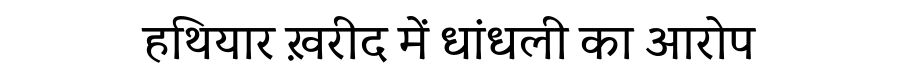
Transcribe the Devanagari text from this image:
हथियार ख़रीद में धांधली का आरोप